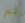
لم